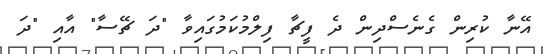
އޭނާ ކުރިން ގެނެސްދިން ދެ ފީޗާ ފިލްމުކަމުގައިވާ "ދަ ޗޭސާ" އާއި "ދަ